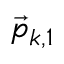
\vec { p } _ { k , 1 }